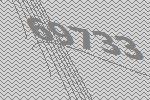
69733